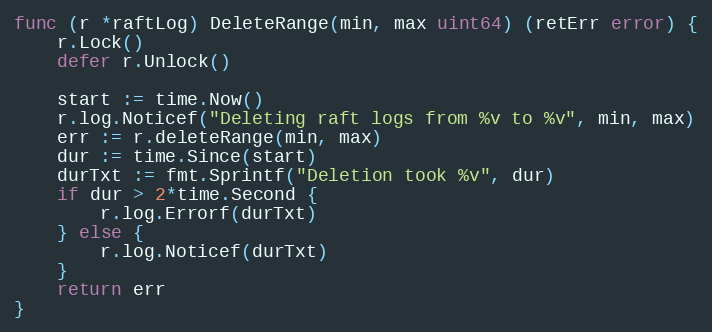
Language: Go
func (r *raftLog) DeleteRange(min, max uint64) (retErr error) {
	r.Lock()
	defer r.Unlock()

	start := time.Now()
	r.log.Noticef("Deleting raft logs from %v to %v", min, max)
	err := r.deleteRange(min, max)
	dur := time.Since(start)
	durTxt := fmt.Sprintf("Deletion took %v", dur)
	if dur > 2*time.Second {
		r.log.Errorf(durTxt)
	} else {
		r.log.Noticef(durTxt)
	}
	return err
}